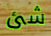
شئ